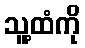
သူ့ထံကို